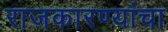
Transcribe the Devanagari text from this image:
राजकारण्यांचा